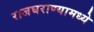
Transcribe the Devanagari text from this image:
राजघराण्यामध्ये